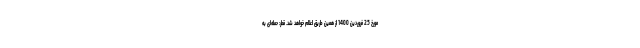
مورخ 25 فروردین 1400 از همین طریق اعلام خواهد شد. قطر: حمله‌ای به